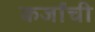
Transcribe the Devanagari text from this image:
कर्जांची